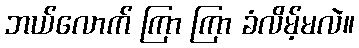
ဘယ်လောက် ကြာ ကြာ ခံလိမ့်မလဲ။